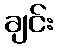
ချင်း